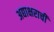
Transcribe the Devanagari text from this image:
अद्याक्षराची